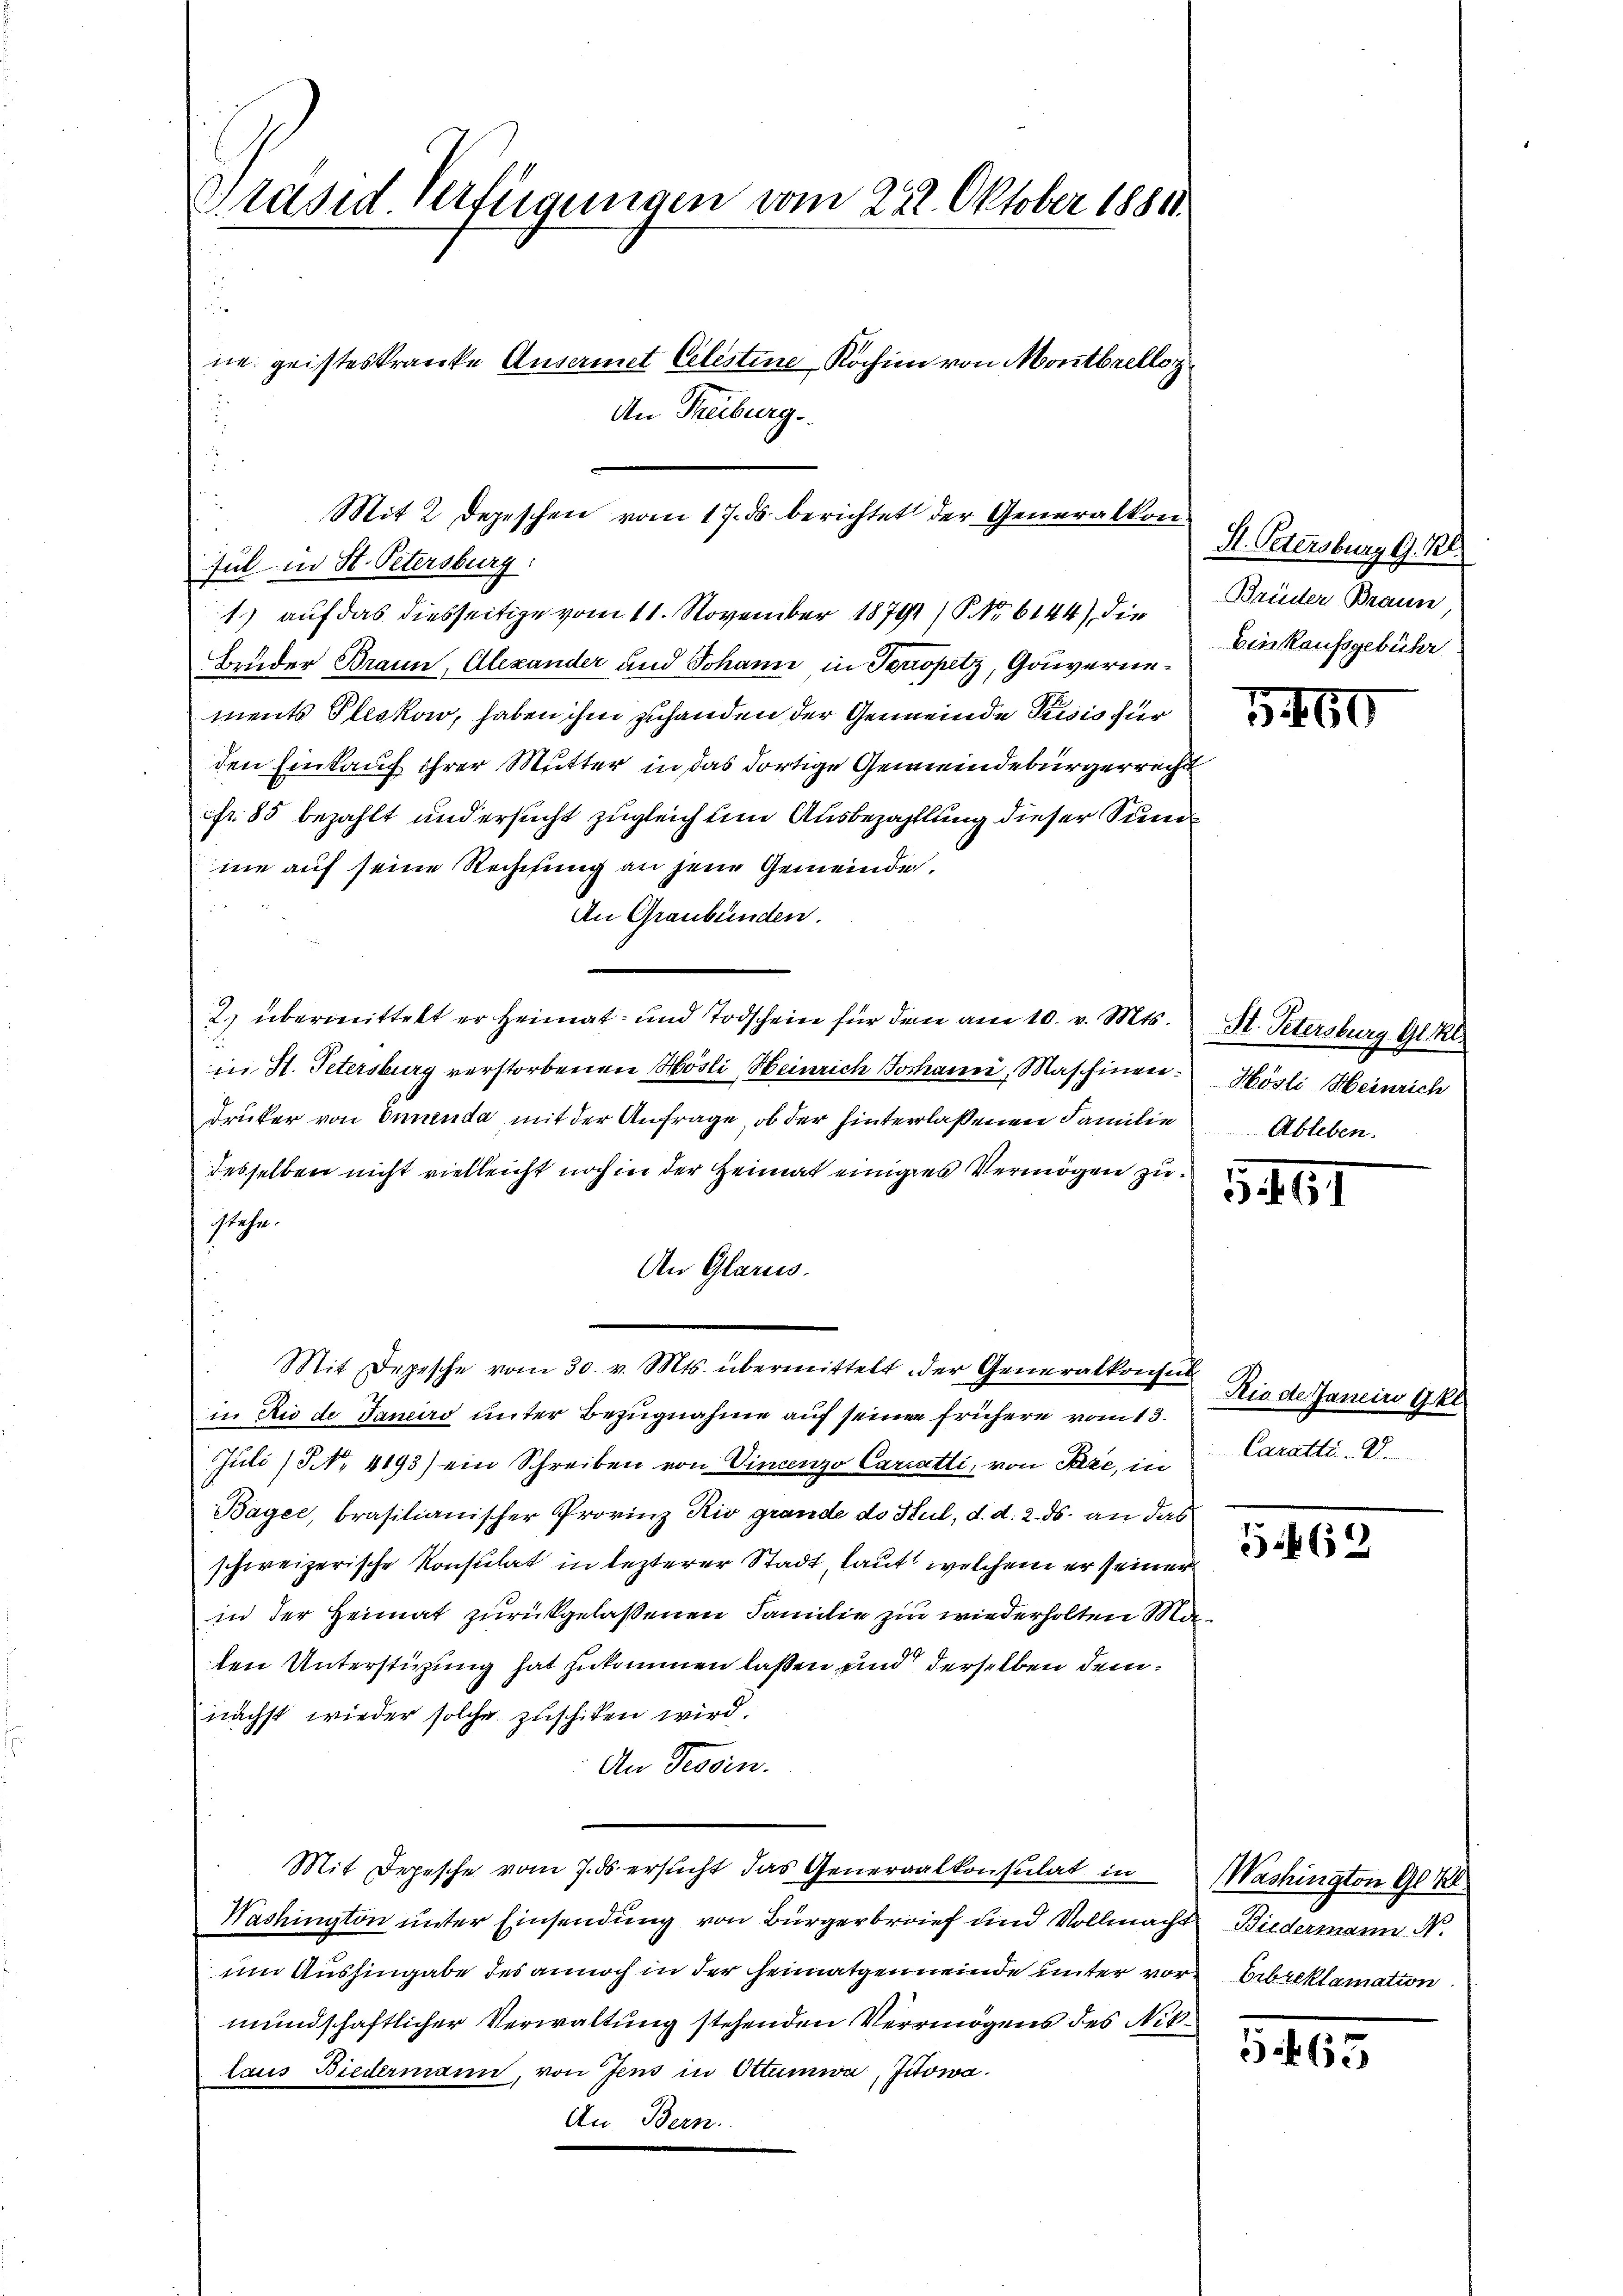
Präsid. Verfügungen vom 222. Oktober 18811.
ne geisteskranke Ansermet Celestine Kochim von Montbrellor
An Freiburg.

Mit 2 Depeschen vom 17. ds. berichtet der Generalkon¬
Jul in St. Petersburg:

1) auf das diesseitige vom 11. November 18791/ No 6144) die Brüder Brann
Brüder Braun, Alexander und Johann in Perspitz, Gouvernements Pleckow, haben ihm zuhanden der Gemeinde Risis für
den Einkauf ihrer Mutter in das dortige Gemeindebürgerrecht
fr. 85 bezahlt und ersucht zugleich um Ausbezahlung dieser Sund
me auf seine Rechtung an jene Gemeinde,
An Graubünden.
2.) übermittelt er Heimat- und Todscheine für den am 10. v. Mts. St. Petersburg Gl. kl.
in St. Petersburg verstorbenen Hösli Heinrich Johanni, Maschinen. Hösli Heinrich
drucker von Innenda mit der Anfrage, ob der hinterlassenen Familie
desselben nicht vielleicht noch in der Heimat einiges Vermögen zustehn.
An Glarus.
in Rio de Janeiro unter Bezugnahme auf seine frühere vom 13.
Juli (NNo. 4193) ein Schreiben von Vincenzo Cariatti, von Sie, in
Bayer, brasilianischer Provinz Kio grande do Puil, d. d. 2. ds. an das
schweizerische Konsulat in lezterer Stadt, laut welchem er seiner
in der Heimat zurückgelassenen Familie zu wiederholten Maten Unterstützung hat zukommen laßen und derselben demnächst wieder solche zuschiken wird.
An Tessin.
Mit Depesche vom 7. ds ersŭcht das Generalkonsulat in Washington 90 Kl
Washington unter Einsendung von Bürgerbrief und Vollmacht Biedermann N.
um Aushingabe des annoch in der Heimatgemeinde unter vor Eibreklamation
mundschaftlicher Verwaltung stehenden Vermögens des Niklaus Biedermann, von Jens in Ottumwa, Zitowa.
An Bern.

Mit Depesche vom 30. v. Mts. übermittelt der Generalkonsul

M. Petersburg G. 228.
Einkaufsgebühr

Ableben.

1417

Rio de Janein kl
Caratti . 8.

35. 165

565